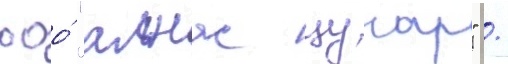
ооо́ "алнас цунар" /